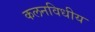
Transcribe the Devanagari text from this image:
कलनविधीय